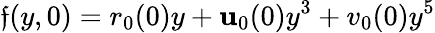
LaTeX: \mathfrak{f}(y,0)=r_{0}(0)y+\mathbf{u}_{0}(0)y^{3}+v_{0}(0)y^{5}